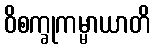
ဝိစက္ခုကမ္မာယာတိ